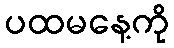
ပထမနေ့ကို